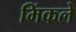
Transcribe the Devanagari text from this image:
मिंकले